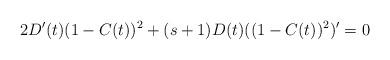
LaTeX: \begin{align*}2D'(t)(1-C(t))^2 + (s+1)D(t)((1-C(t))^2)' = 0\end{align*}